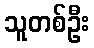
သူတစ်ဦး